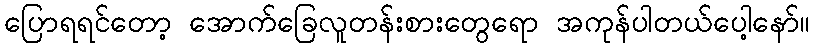
ပြောရရင်တော့ အောက်ခြေလူတန်းစားတွေရော အကုန်ပါတယ်ပေါ့နော်။